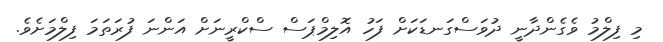
މި ފިލްމު ވެގެންދާނީ ދުވަސްގަނޑަކަށް ފަހު އޮލިމްޕަސް ސްކްރީނަށް އަންނަ ފުރަތަމަ ފިލްމަށެވެ.